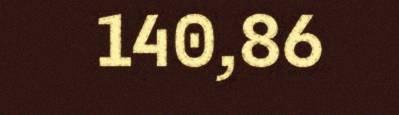
140,86